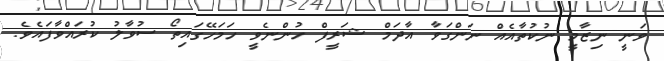
ވަނީ ނިޒާމީ ނުކުތާއެއް ނަންގަވާ އާދަމް ޝަރީފް ހުންނެވީ ހަމަހޭގައިތޯ ސުވާލު ކުރައްވާފައެވެ.